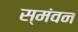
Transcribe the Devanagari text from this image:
स्मंवन